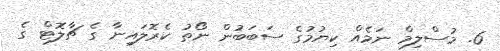
6. މުސްލިމް ނަމެއް ކިޔުމުގެ ސަބަބުން ނޯތު ކެރޮލައިނާ ގެ ޗާލޮޓް ގެ